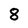
Character: 8